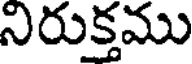
నిరుక్తము